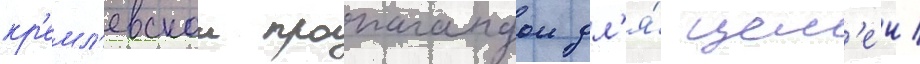
кр'емл'евскои пропагандои дл'я́ цел'еи